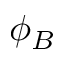
\phi _ { B }